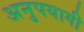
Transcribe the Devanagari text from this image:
अनुपयागी